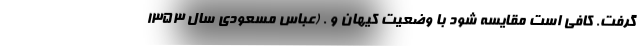
گرفت. کافی است مقایسه شود با وضعیت کیهان و . (عباس مسعودی سال 1353